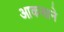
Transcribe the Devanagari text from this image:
आकसाने